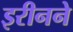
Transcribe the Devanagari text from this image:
इरीनने